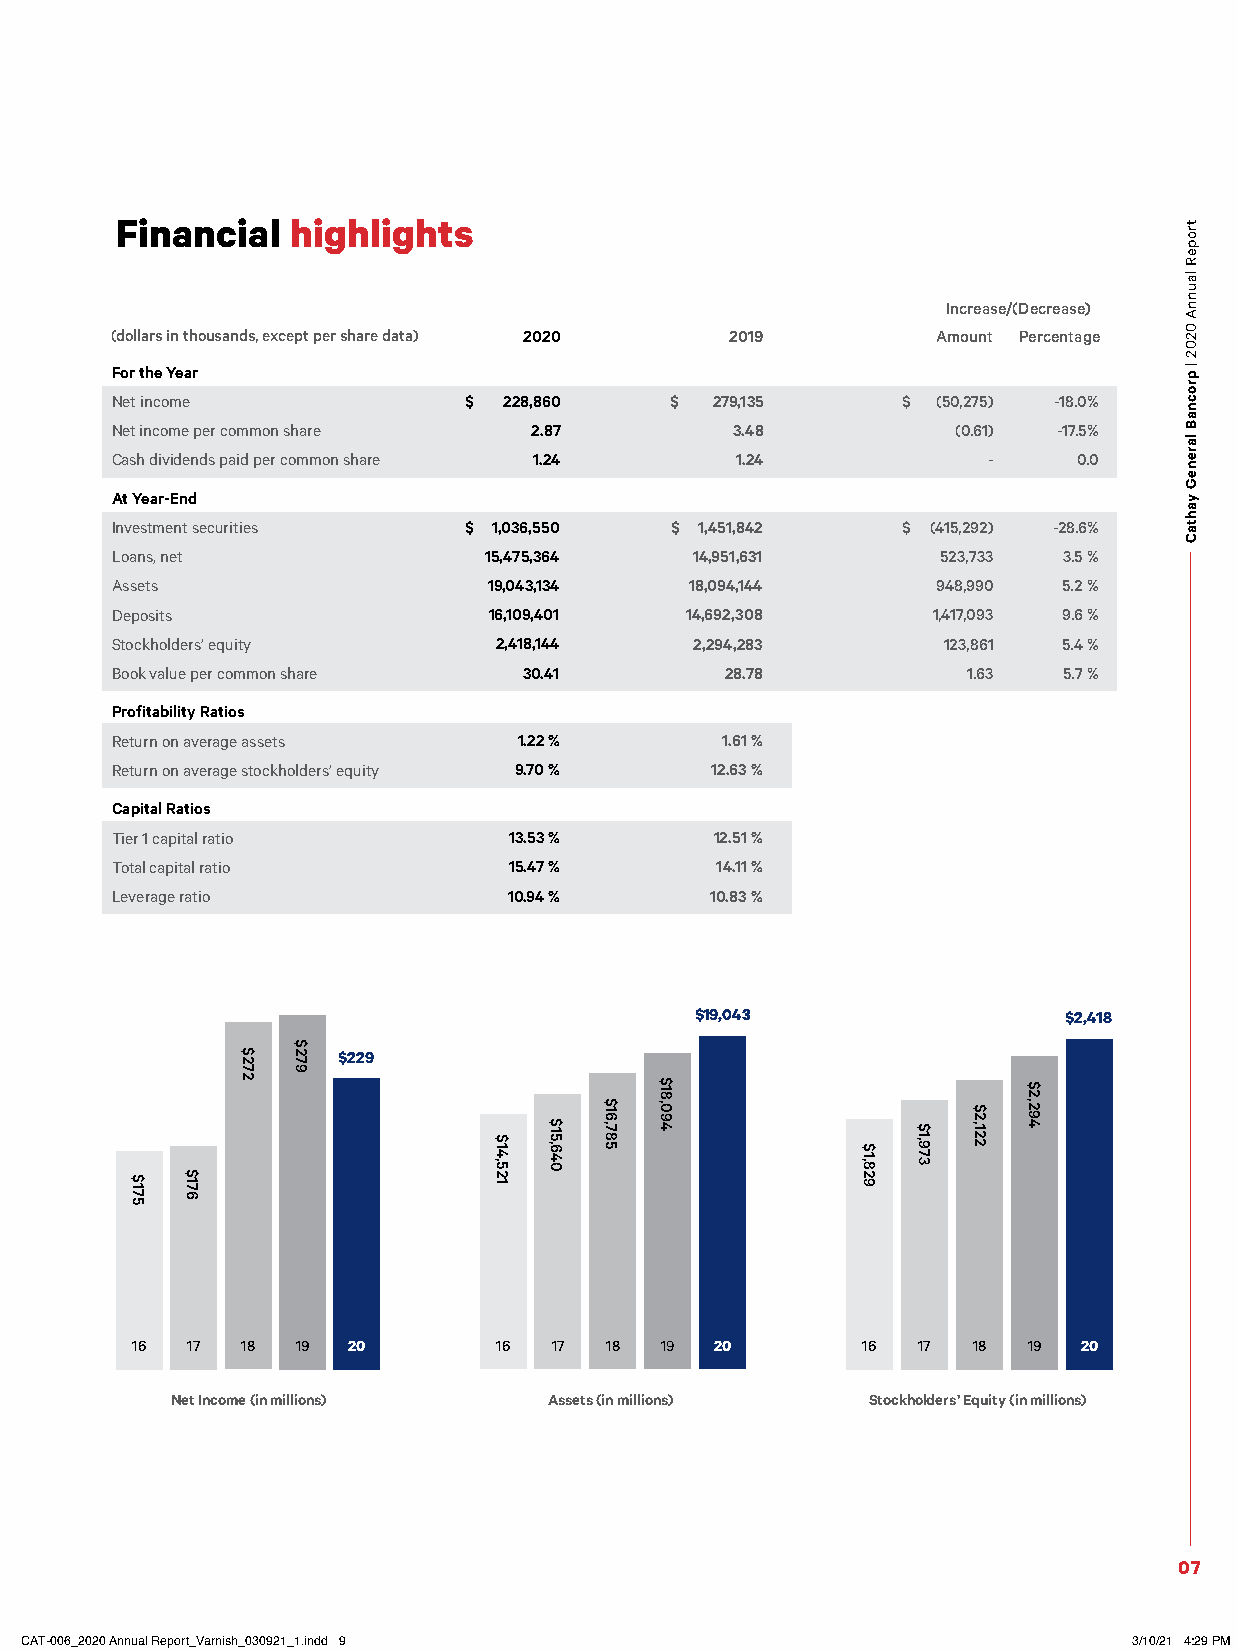
Financial  highlights
 Increase/(Decrease)
 (dollars in thousands, except per share data) 2020 2019 Amount Percentage
 For the Year
 Net income              $ 228,860    $  279,135      $ (50,275) -18.0%
 Net income per common share 2.87          3.48          (0.61) -17.5%
 Cash dividends paid per common share 1.24 1.24            -     0.0
 At Year-End
 Investment securities   $ 1,036,550  $ 1,451,842     $ (415,292) -28.6%
 Loans, net               15,475,364    14,951,631      523,733 3.5 %
 Assets                   19,043,134    18,094,144      948,990 5.2 %
 Deposits                 16,109,401   14,692,308       1,417,093 9.6 %
 Stockholders’ equity      2,418,144    2,294,283       123,861 5.4 %
 Book value per common share 30.41        28.78           1.63  5.7 %
 Profitability Ratios
 Return on average assets   1.22 %        1.61 %
 Return on average stockholders’ equity 9.70 % 12.63 %
 Capital Ratios
 Tier 1 capital ratio       13.53 %      12.51 %
 Total capital ratio        15.47 %      14.11 %
 Leverage ratio             10.94 %      10.83 %
 $19,043                  $2,418
 $229
 16 17  18  19 20        16  17 18  19 20        16  17 18  19  20
 Net Income (in millions) Assets (in millions)  Stockholders’ Equity (in millions)
 07
 CCAATT--000066__22002200 AAnnnnuuaall RReeppoorrtt__VVaarrnniisshh__003300992211__11..iinndddd 99 33//1100//2211 44::2299 PPMM
 $175 $176
 $272
 $279
 $14,521
 $15,640
 $16,785
 $18,094
 $1,829
 $1,973
 $2,122
 $2,294
 tropeR
 launnA
 0202
 |
 procnaB
 lareneG
 yahtaC